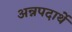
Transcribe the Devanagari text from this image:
अन्नपदार्थे